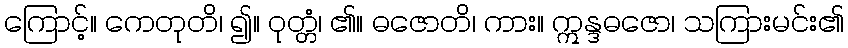
ကြောင့်။ ကေတုတိ၊ ၍။ ဝုတ္တံ၊ ၏။ ဓဇောတိ၊ ကား။ ဣန္ဒဓဇော၊ သကြားမင်း၏